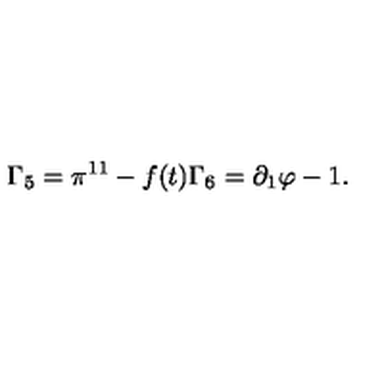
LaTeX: \Gamma _ { 5 } = \pi ^ { 1 1 } - f ( t ) \Gamma _ { 6 } = \partial _ { 1 } \varphi - 1 .